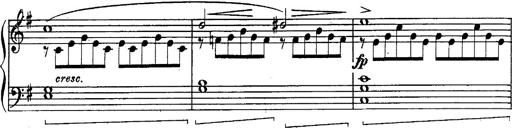
Title: Schubert's Impromptus [revised and edited by Franz Liszt]
Composer: Franz Liszt